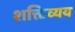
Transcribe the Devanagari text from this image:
शक्तिव्यय